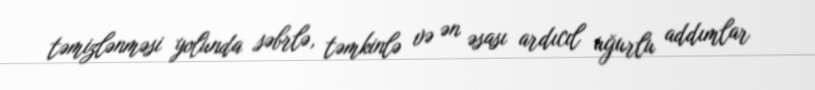
təmizlənməsi yolunda səbrlə, təmkinlə və ən əsası ardıcıl uğurlu addımlar